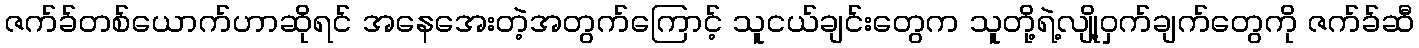
ဇက်ခ်တစ်ယောက်ဟာဆိုရင် အနေအေးတဲ့အတွက်ကြောင့် သူငယ်ချင်းတွေက သူတို့ရဲ့လျို့ဝှက်ချက်တွေကို ဇက်ခ်ဆီ